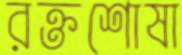
রক্তশোষা